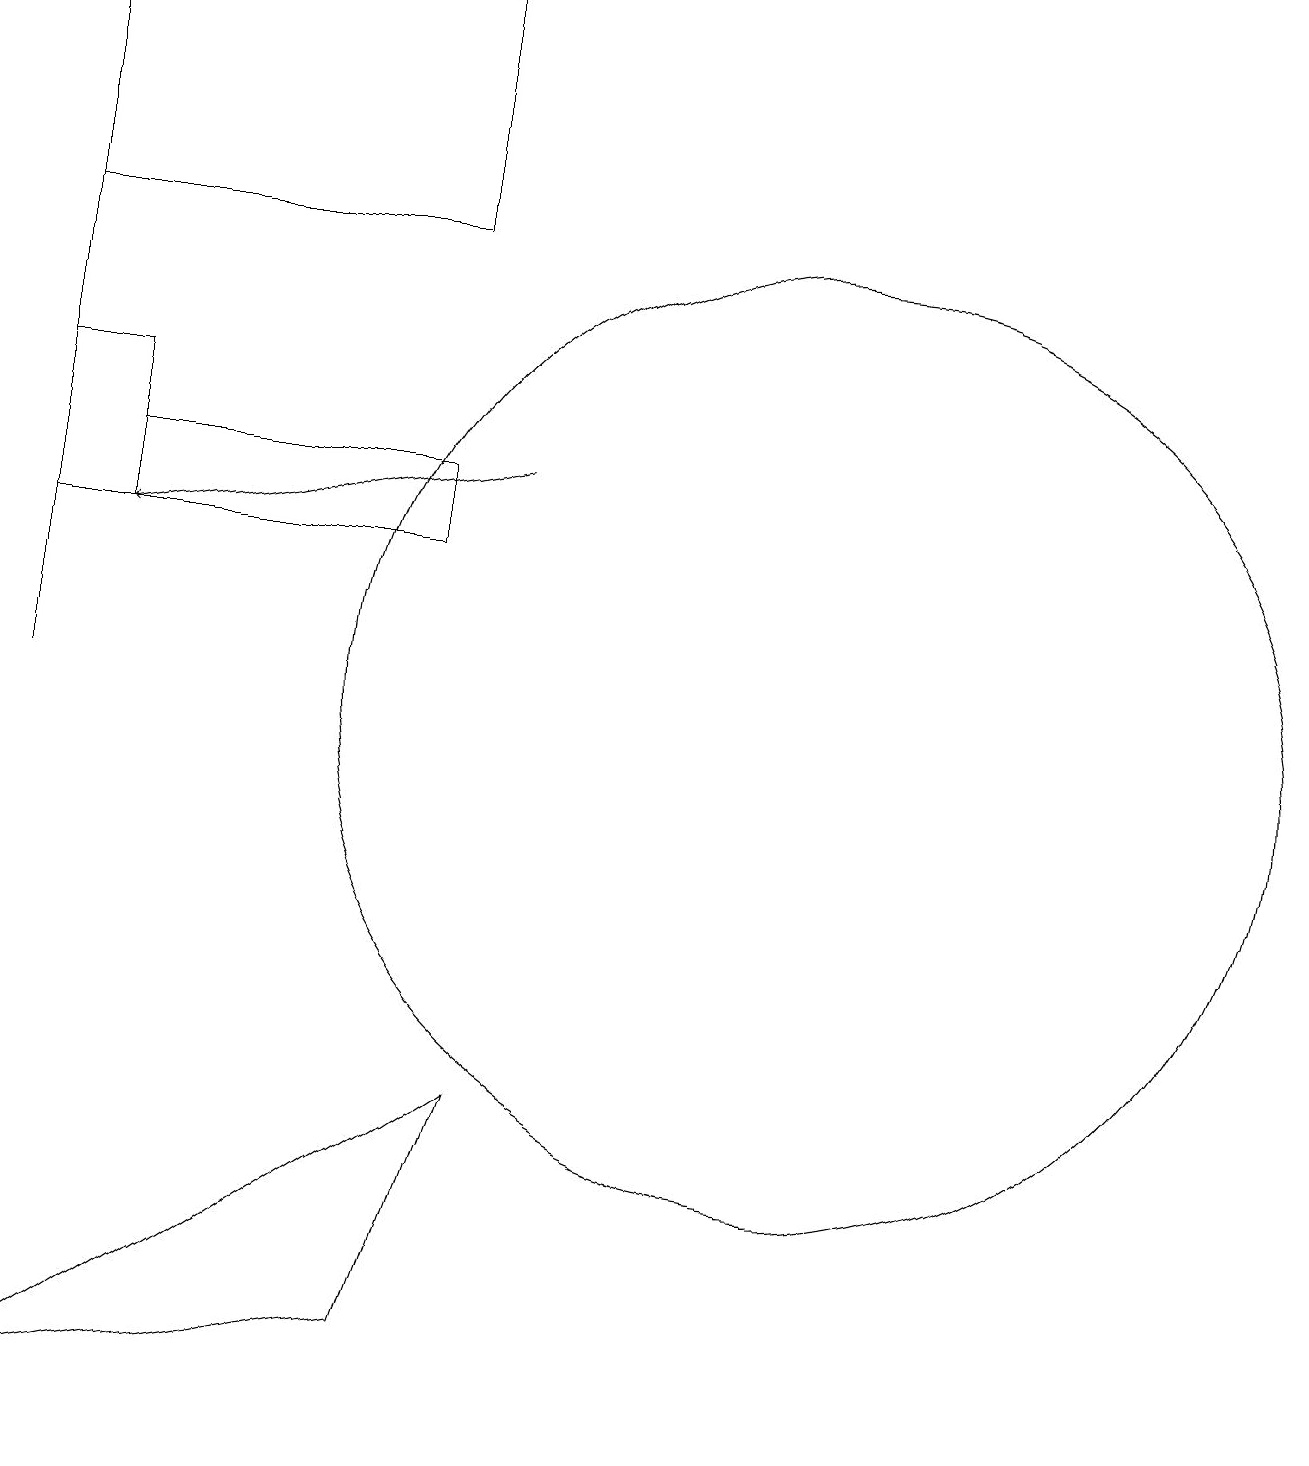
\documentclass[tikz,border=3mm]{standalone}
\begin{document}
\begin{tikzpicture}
\draw (0,1) -- (6,5) -- (5,2) -- cycle;
\draw (0,16) rectangle (0,10);
\draw (0,12) rectangle (1,14);
\draw[->] (6,13) -- (1,12);
\draw (5,12) rectangle (1,13);
\draw (10,10) circle (6);
\draw (0,16) rectangle (5,19);
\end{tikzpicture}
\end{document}